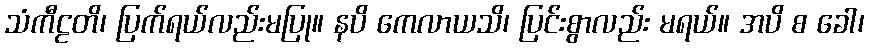
သံကီဠတိ၊ ပြက်ရယ်လည်းမပြု။ နပိ ကေလာယသိ၊ ပြင်းစွာလည်း မရယ်။ အပိ စ ခေါ၊